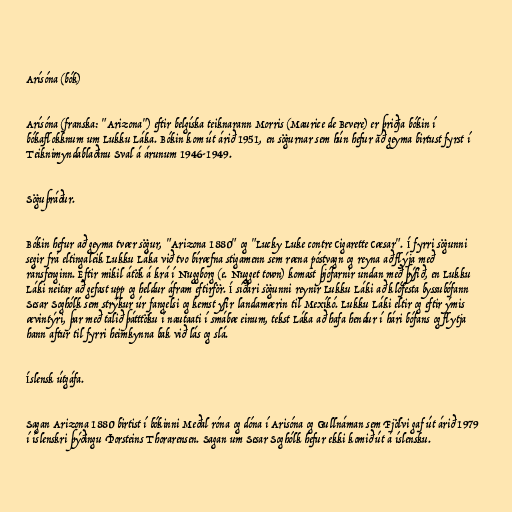
Arísóna (bók)

Arísóna (franska: "Arizona") eftir belgíska teiknarann Morris (Maurice de Bevere) er þriðja bókin í
bókaflokknum um Lukku Láka. Bókin kom út árið 1951, en sögurnar sem hún hefur að geyma birtust fyrst í
Teiknimyndablaðinu Sval á árunum 1946-1949.

Söguþráður.

Bókin hefur að geyma tvær sögur, "Arizona 1880" og "Lucky Luke contre Cigarette Cæsar". Í fyrri sögunni
segir frá eltingaleik Lukku Láka við tvo bíræfna stigamenn sem ræna póstvagn og reyna að flýja með
ránsfenginn. Eftir mikil átök á krá í Nuggborg (e. Nugget town) komast þjófarnir undan með þýfið, en Lukku
Láki neitar að gefast upp og heldur áfram eftirför. Í síðari sögunni reynir Lukku Láki að klófesta byssubófann
Sesar Soghólk sem strýkur úr fangelsi og kemst yfir landamærin til Mexíkó. Lukku Láki eltir og eftir ýmis
ævintýri, þar með talið þátttöku í nautaati í smábæ einum, tekst Láka að hafa hendur í hári bófans og flytja
hann aftur til fyrri heimkynna bak við lás og slá.

Íslensk útgáfa.

Sagan Arizona 1880 birtist í bókinni Meðal róna og dóna í Arisóna og Gullnáman sem Fjölvi gaf út árið 1979
í íslenskri þýðingu Þorsteins Thorarensen. Sagan um Sesar Soghólk hefur ekki komið út á íslensku.